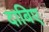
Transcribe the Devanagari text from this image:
दाबिए